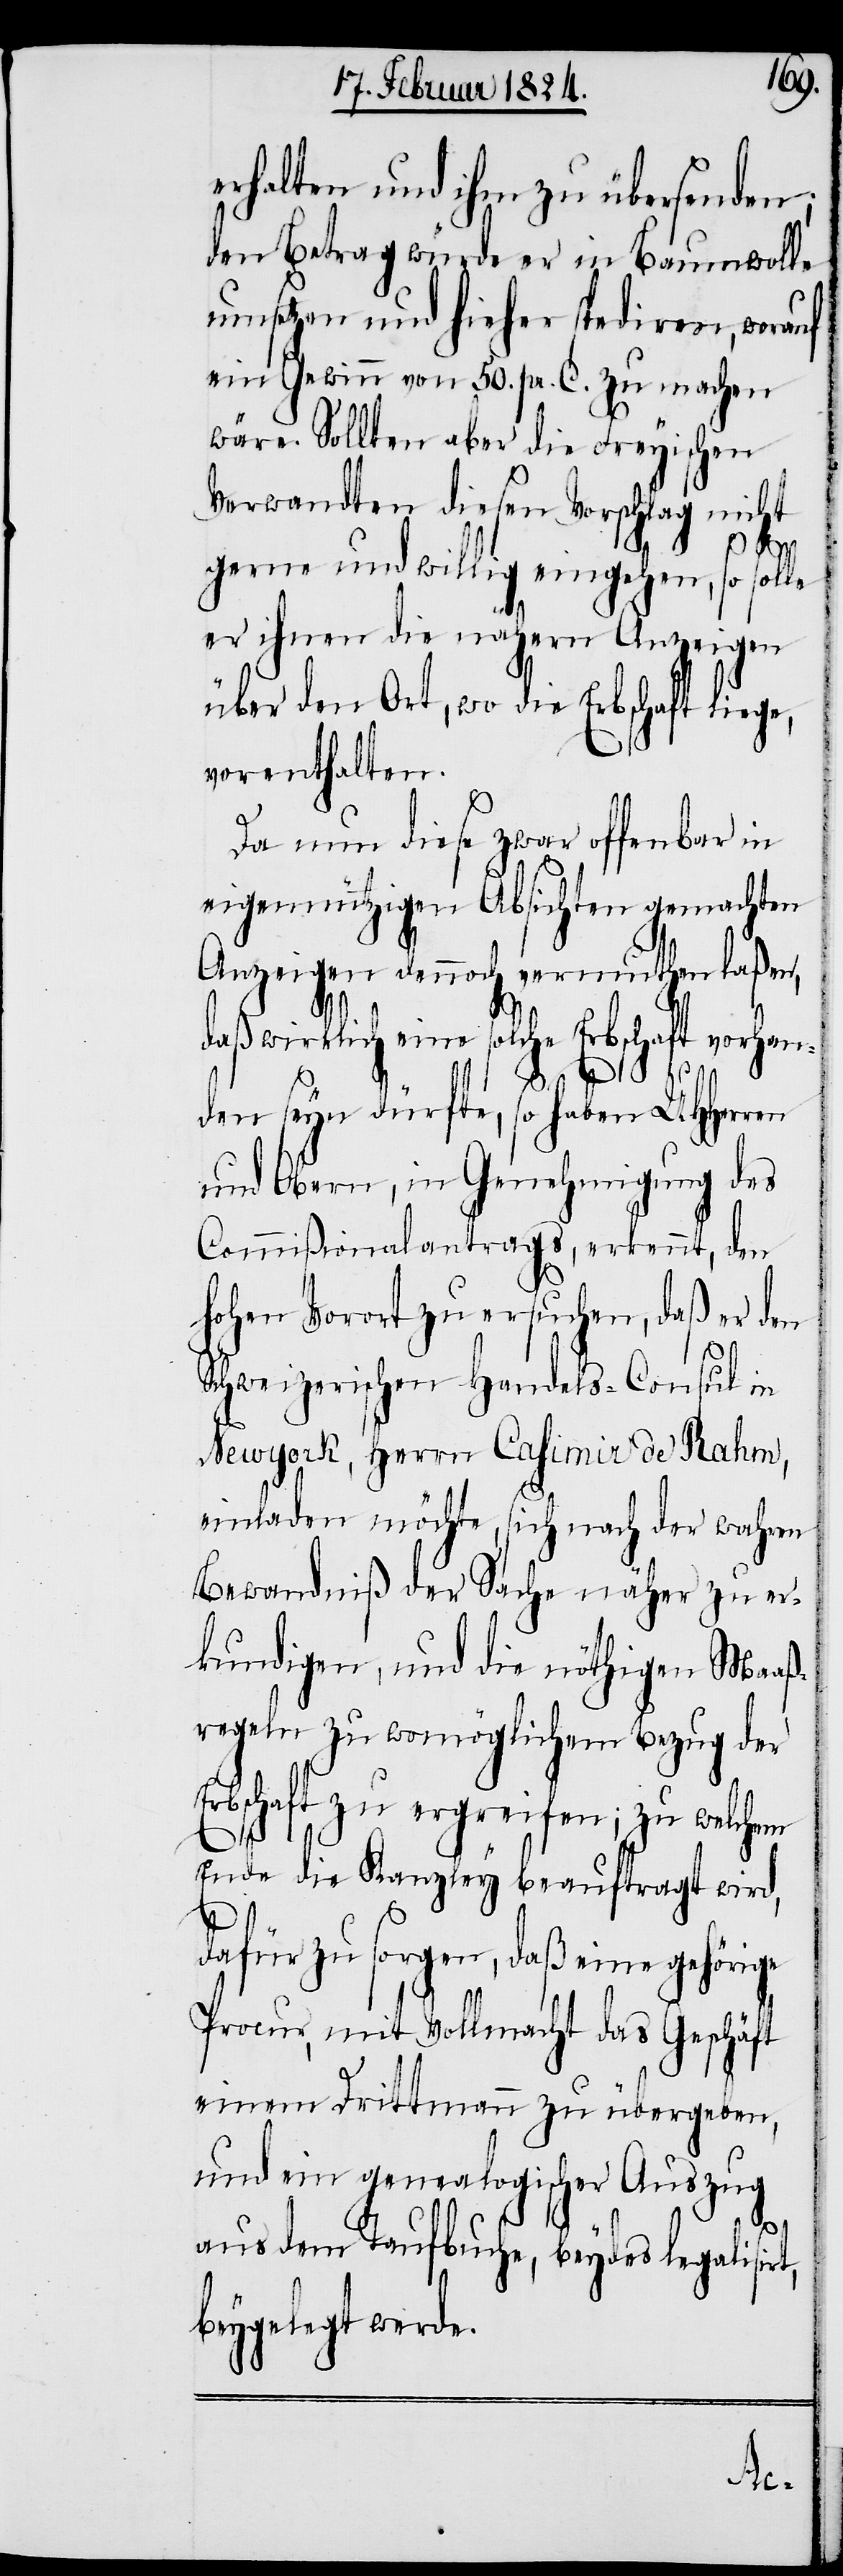
erhalten und ihm zu übersenden;
den Betrag würde er in Baumwolle
umsetzen und hieher spediren, worauf
ein Gewinn von 50. pr. C. zu machen
wäre. Sollten aber die Freyischen
Verwandten diesen Vorschlag nicht
gerne und willig eingehen, so solle
er ihnen die nähern Anzeigen
über den Ort, wo die Erbschaft liege
vorenthalten.
Da nun diese zwar offenbar in
eigennützigen Absichten gemachten
Anzeigen dennoch vermuthen laßen,
daß wirklich eine solche Erbschaft vorhan¬
den seyn dürfte, so haben UHHerren
und Obern, in Genehmigung des
Commißionalantrags, erkennt, den
hohen Vorort zu ersuchen, daß er den
Schweizerischen Handels-Consul in
Newyork, Herrn Casimir de Rahm,
einladen möchte, sich nach der wahren
Bewandniß der Sache näher zu er¬
kundigen, und die nöthigen Maaß¬
regeln zu womöglichem Bezug der
Erbschaft zu ergreifen; zu welchem
Ende die Kanzley beauftragt wird,
dafür zu sorgen, daß eine gehörige
Procur, mit Vollmacht das Geschäft
einem Drittmann zu übergeben,
und ein genealogischer Auszug
dem Taufbuche, beydes legalisirt,
beygelegt werde.